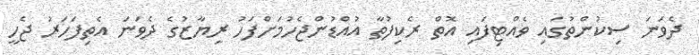
ދެވަނަ ސިކުންތުގައި ވެއްޓިފައި އޮތް ރެކިފުތާ އުއްޑުންޖެހުމަށްފަހު ރިޔާޒުގެ ދެވަނަ އެތިފަހަރު ޖެހީ